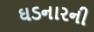
ઘડનારની